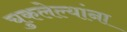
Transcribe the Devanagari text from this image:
चुकलेल्यांना